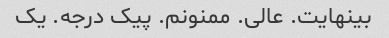
بینهایت. عالی. ممنونم. پیک درجه. یک